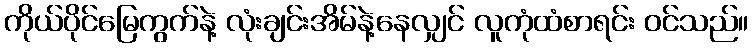
ကိုယ်ပိုင်မြေကွက်နဲ့ လုံးချင်းအိမ်နဲ့နေလျှင် လူကုံထံစာရင်း ဝင်သည်။